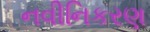
નવીનિકરણ